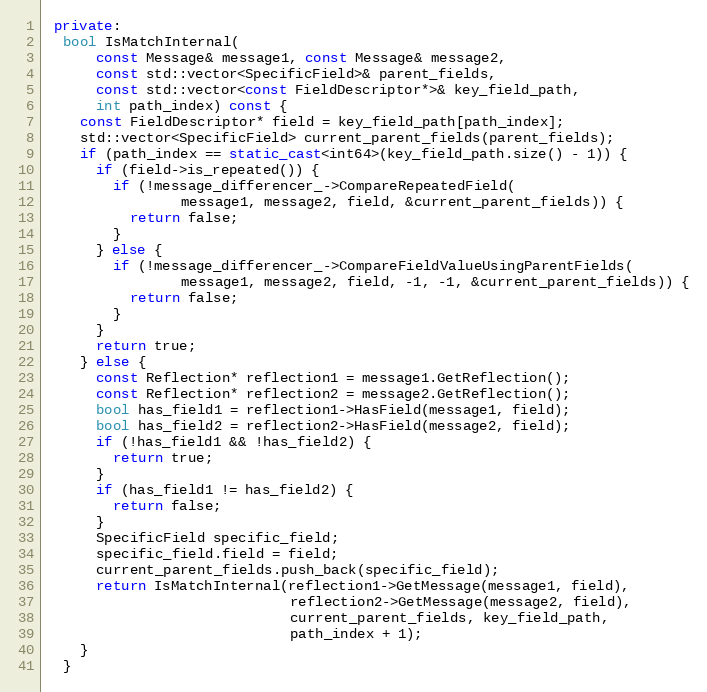
Language: C++
 private:
  bool IsMatchInternal(
      const Message& message1, const Message& message2,
      const std::vector<SpecificField>& parent_fields,
      const std::vector<const FieldDescriptor*>& key_field_path,
      int path_index) const {
    const FieldDescriptor* field = key_field_path[path_index];
    std::vector<SpecificField> current_parent_fields(parent_fields);
    if (path_index == static_cast<int64>(key_field_path.size() - 1)) {
      if (field->is_repeated()) {
        if (!message_differencer_->CompareRepeatedField(
                message1, message2, field, &current_parent_fields)) {
          return false;
        }
      } else {
        if (!message_differencer_->CompareFieldValueUsingParentFields(
                message1, message2, field, -1, -1, &current_parent_fields)) {
          return false;
        }
      }
      return true;
    } else {
      const Reflection* reflection1 = message1.GetReflection();
      const Reflection* reflection2 = message2.GetReflection();
      bool has_field1 = reflection1->HasField(message1, field);
      bool has_field2 = reflection2->HasField(message2, field);
      if (!has_field1 && !has_field2) {
        return true;
      }
      if (has_field1 != has_field2) {
        return false;
      }
      SpecificField specific_field;
      specific_field.field = field;
      current_parent_fields.push_back(specific_field);
      return IsMatchInternal(reflection1->GetMessage(message1, field),
                             reflection2->GetMessage(message2, field),
                             current_parent_fields, key_field_path,
                             path_index + 1);
    }
  }